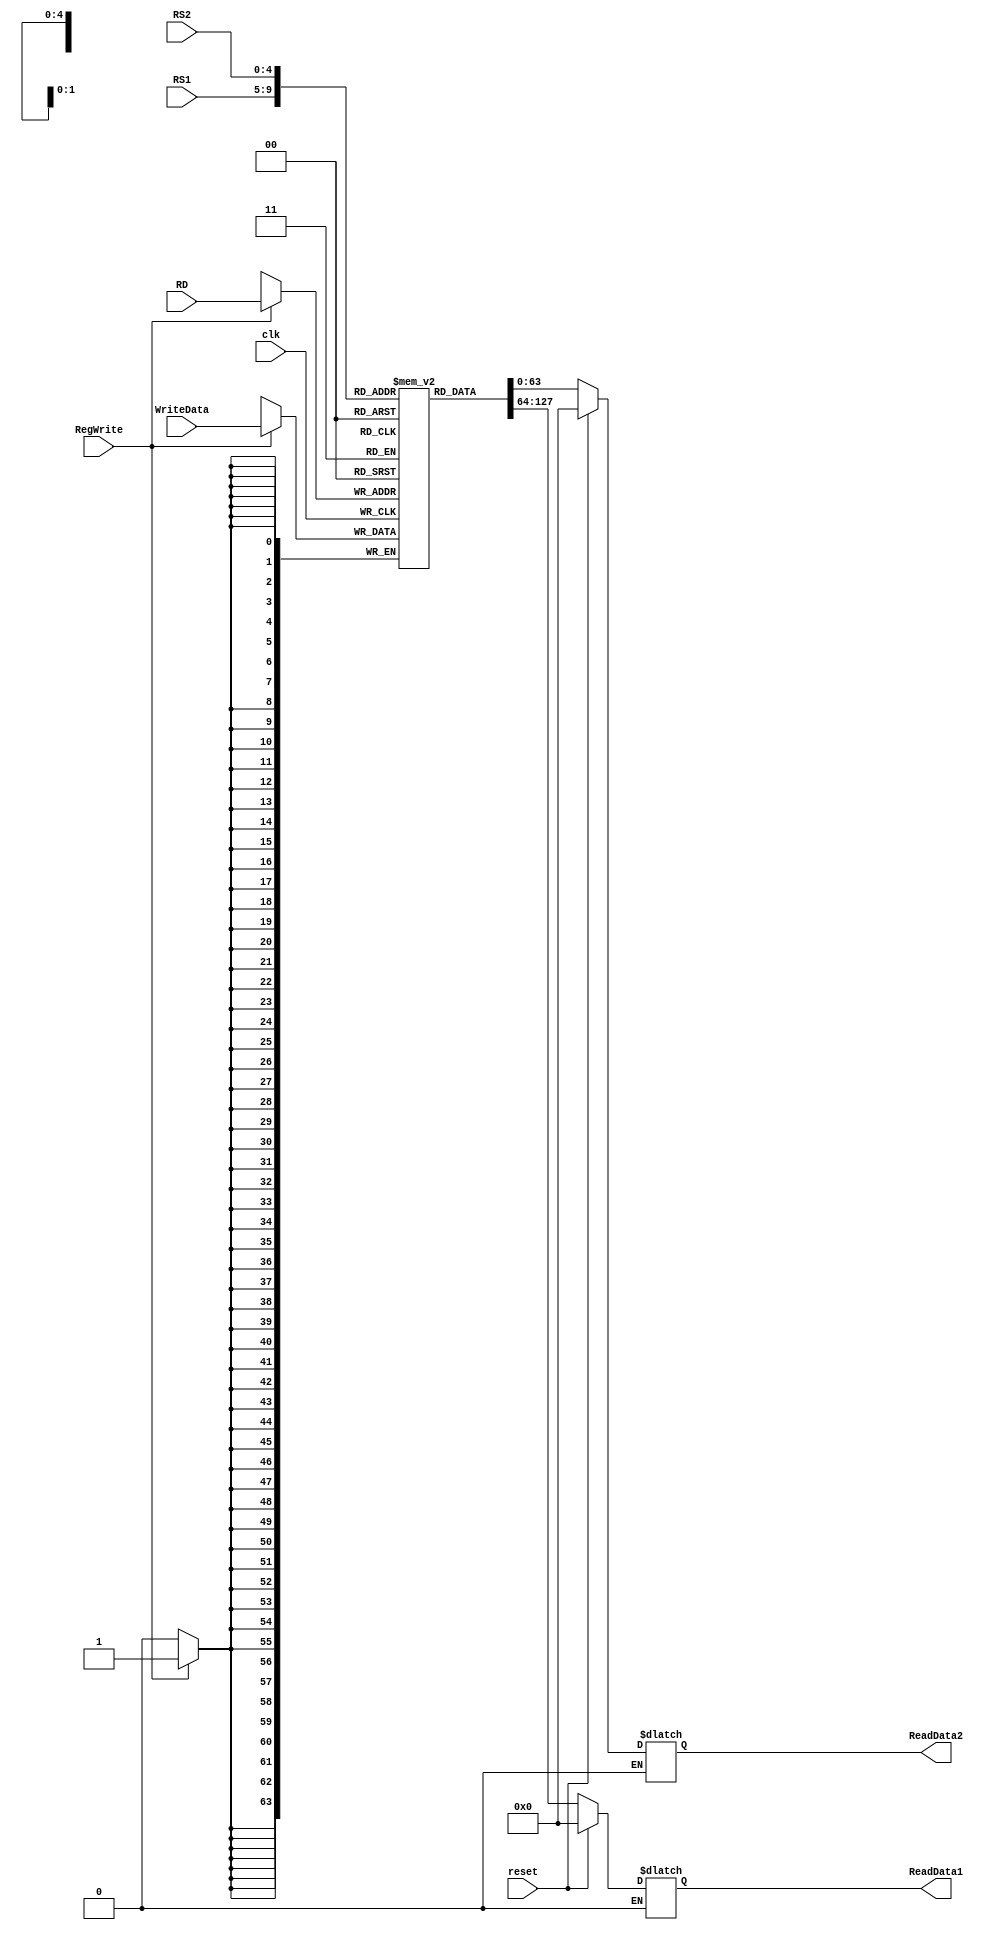
module registerFile
(
	input [4:0] RS1,
	input [4:0] RS2,
	input [4:0] RD,
	input RegWrite, 
	input clk,
	input reset,
	input [63:0] WriteData,
	output reg [63:0] ReadData1,
	output reg [63:0] ReadData2
);

reg [63:0] Registers [31:0];
initial
  begin 
  Registers[0] = 64'd0;
  Registers[1] = 64'd1;
  Registers[2] = 64'd2;
  Registers[3] = 64'd3;
  Registers[4] = 64'd4;
  Registers[5] = 64'd5;
  Registers[6] = 64'd6;
  Registers[7] = 64'd7;
  Registers[8] = 64'd8;
  Registers[9] = 64'd9;
  Registers[10] = 64'd10;
  Registers[11] = 64'd11;
  Registers[12] = 64'd12;
  Registers[13] = 64'd13;
  Registers[14] = 64'd14;
  Registers[15] = 64'd15;
  Registers[16] = 64'd16;
  Registers[17] = 64'd17;
  Registers[18] = 64'd18;
  Registers[19] = 64'd19;
  Registers[20] = 64'd20;
  Registers[21] = 64'd21;
  Registers[22] = 64'd22;
  Registers[23] = 64'd23;
  Registers[24] = 64'd24;
  Registers[25] = 64'd25;
  Registers[26] = 64'd26;
  Registers[27] = 64'd27;
  Registers[28] = 64'd28;
  Registers[29] = 64'd29;
  Registers[30] = 64'd30;
  Registers[31] = 64'd31;
end

always @ (posedge clk)
begin
	if (RegWrite == 1)
		begin
			Registers[RD] = WriteData;
		end
end

always @ (RS1 or RS2 or reset)
begin
	if (reset == 1)
		begin
			ReadData1 = 64'd0;
			ReadData2 = 64'd0;
		end
	if (reset == 0)
		begin
			ReadData1 = Registers[RS1];
			ReadData2 = Registers[RS2];
		end	
end

endmodule